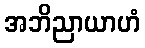
အဘိညာယာဟံ